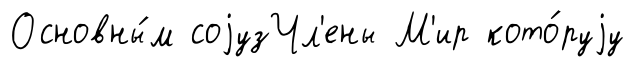
Основны́м соjузЧл'ены М'ир кото́руjу